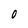
Character: 0